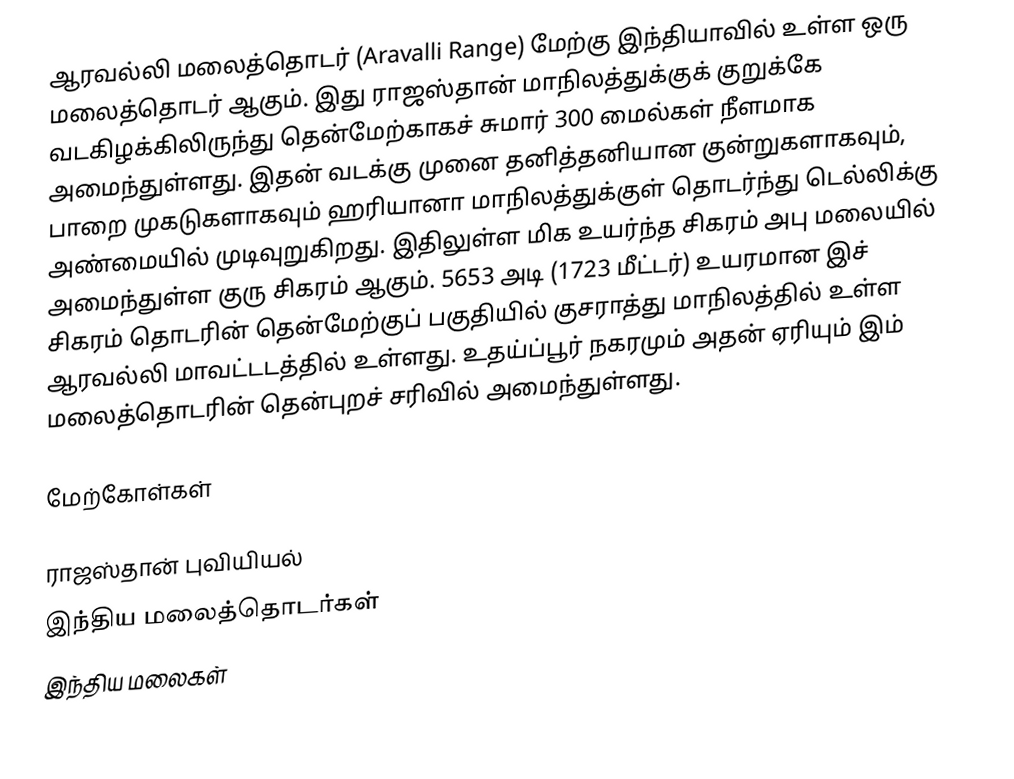
ஆரவல்லி மலைத்தொடர் (Aravalli Range) மேற்கு இந்தியாவில் உள்ள ஒரு மலைத்தொடர் ஆகும். இது ராஜஸ்தான் மாநிலத்துக்குக் குறுக்கே வடகிழக்கிலிருந்து தென்மேற்காகச் சுமார் 300 மைல்கள் நீளமாக அமைந்துள்ளது. இதன் வடக்கு முனை தனித்தனியான குன்றுகளாகவும், பாறை முகடுகளாகவும் ஹரியானா மாநிலத்துக்குள் தொடர்ந்து டெல்லிக்கு அண்மையில் முடிவுறுகிறது. இதிலுள்ள மிக உயர்ந்த சிகரம் அபு மலையில் அமைந்துள்ள குரு சிகரம் ஆகும். 5653 அடி (1723 மீட்டர்) உயரமான இச் சிகரம் தொடரின் தென்மேற்குப் பகுதியில் குசராத்து மாநிலத்தில் உள்ள ஆரவல்லி மாவட்டடத்தில் உள்ளது. உதய்ப்பூர் நகரமும் அதன் ஏரியும் இம் மலைத்தொடரின் தென்புறச் சரிவில் அமைந்துள்ளது.

மேற்கோள்கள்

ராஜஸ்தான் புவியியல்
இந்திய மலைத்தொடர்கள்
இந்திய மலைகள்